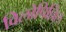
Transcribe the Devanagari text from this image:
विलोपिल्लिल